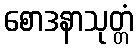
စောဒနာသုတ္တံ